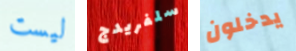
ليست سلفريدج يدخلون